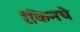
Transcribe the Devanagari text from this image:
रँकिनचे